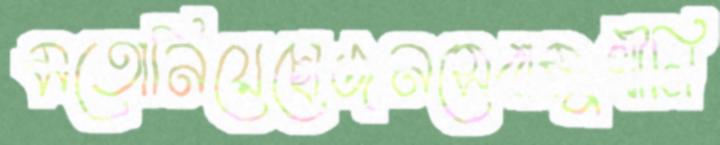
মতোনিয়েছোজনসেবামুখীলি